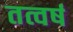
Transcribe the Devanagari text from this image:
तत्वर्ष